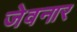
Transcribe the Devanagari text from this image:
जेवनार